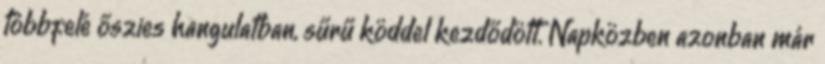
többfelé őszies hangulatban, sűrű köddel kezdődött. Napközben azonban már